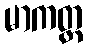
မာကတ္ထ